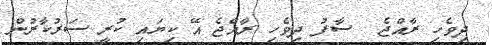
ދިވެހި ރާއްޖެ  ސާފު ދިވެހި ރާއްޖެ އޭ ކިޔައި ކުރީ ސަރުކާރުން